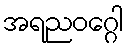
အရညဝဂ္ဂေါ